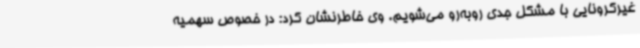
غیرکرونایی با مشکل جدی روبه‌رو می‌شویم. وی خاطرنشان کرد: در خصوص سهمیه